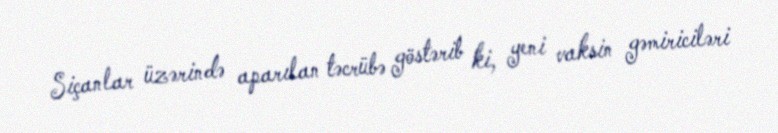
Siçanlar üzərində aparılan təcrübə göstərib ki, yeni vaksin gəmiriciləri